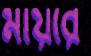
মায়রে